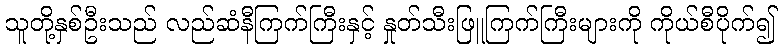
သူတို့နှစ်ဦးသည် လည်ဆံနီကြက်ကြီးနှင့် နှုတ်သီးဖြူကြက်ကြီးများကို ကိုယ်စီပိုက်၍